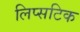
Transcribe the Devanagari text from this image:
लिप्सटिक